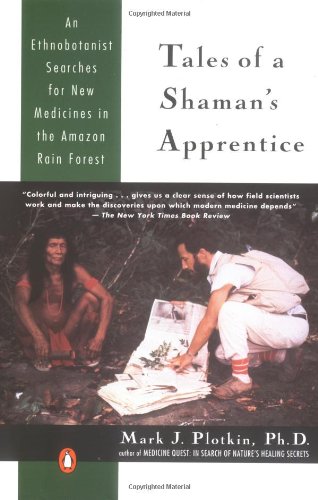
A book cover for Tales of a Shaman's Apprentice: An Ethnobotanist Searches for New Medicines in the Amazon Rain Forest; Mark J. Plotkin; Science & Math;